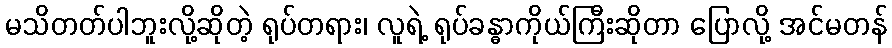
မသိတတ်ပါဘူးလို့ဆိုတဲ့ ရုပ်တရား၊ လူရဲ့ ရုပ်ခန္ဓာကိုယ်ကြီးဆိုတာ ပြောလို့ အင်မတန်